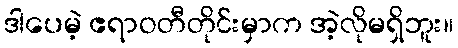
ဒါပေမဲ့ ဧရာဝတီတိုင်းမှာက အဲ့လိုမရှိဘူး။